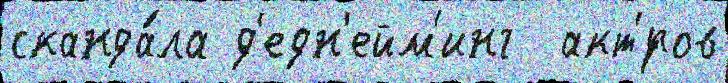
сканда́ла д'едн'ейм'инг  акт'́ров